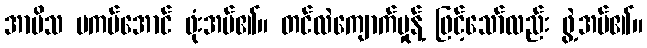
အာမိသ မကပ်အောင် ဖုံးအပ်၏။ တင်လဲကျောက်မှုန့် ဖြင့်သော်လည်း ဖွဲ့အပ်၏။